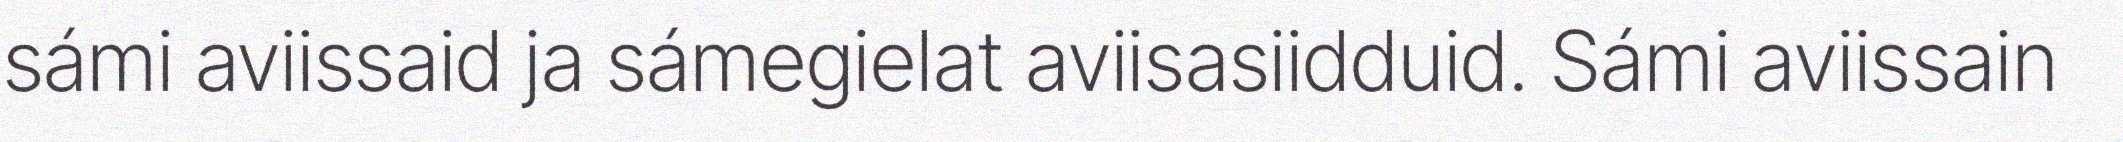
sámi aviissaid ja sámegielat aviisasiidduid. Sámi aviissain